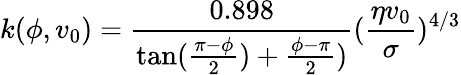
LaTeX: k(\phi,v_{0})=\frac{0.898}{\tan(\frac{\pi-\phi}{2})+\frac{\phi-\pi}{2})}(\frac{\eta v_{0}}{\sigma})^{4/3}